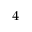
^ { 4 }